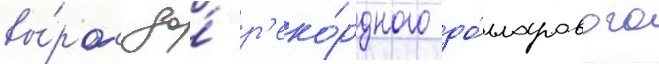
вы́рос до́ р'еко́рдного до́лларового